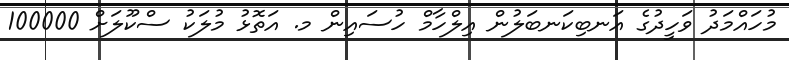
މުހައްމަދު ވަހީދުގެ އަނބިކަނބަލުން އިލްހާމް ހުސައިން މ. އަތޮޅު މުލަކު ސްކޫލަށް 100000